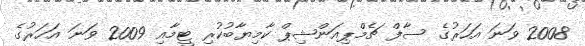
2008 ވަނަ އަހަރުގެ ސާފް ޗެމްޕިއަންޝިޕް ކާމިޔާބުކުރި ޓީމާއި 2009 ވަނަ އަހަރުގެ